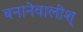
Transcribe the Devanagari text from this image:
बनानेवालीश्